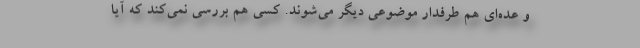
و عده‌ای هم طرفدار موضوعی دیگر می‌شوند. کسی هم بررسی نمی‌کند که آیا